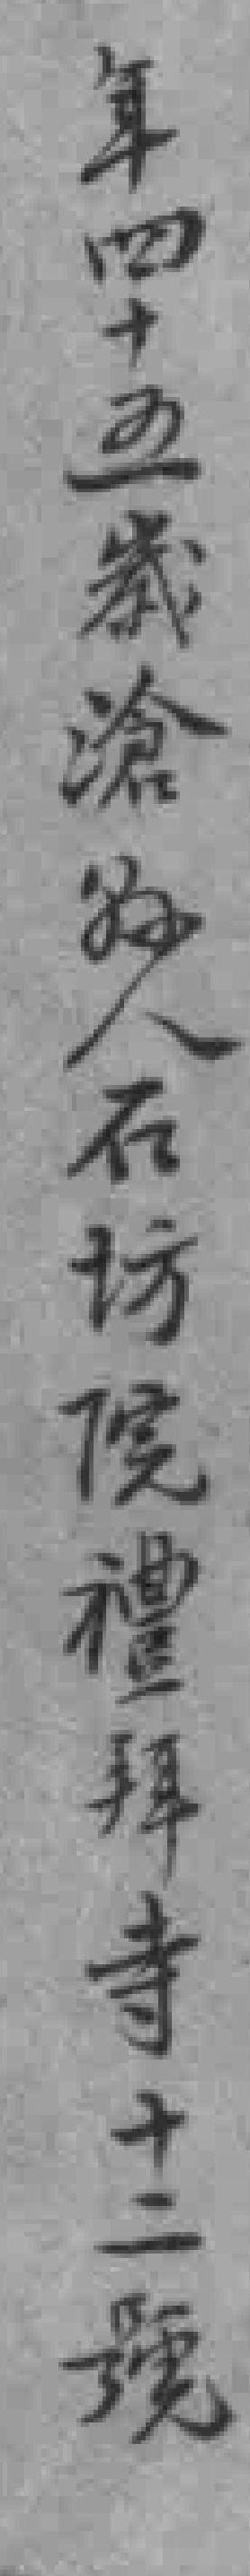
年四十五歲滄縣人石坊院禮拜寺十二號